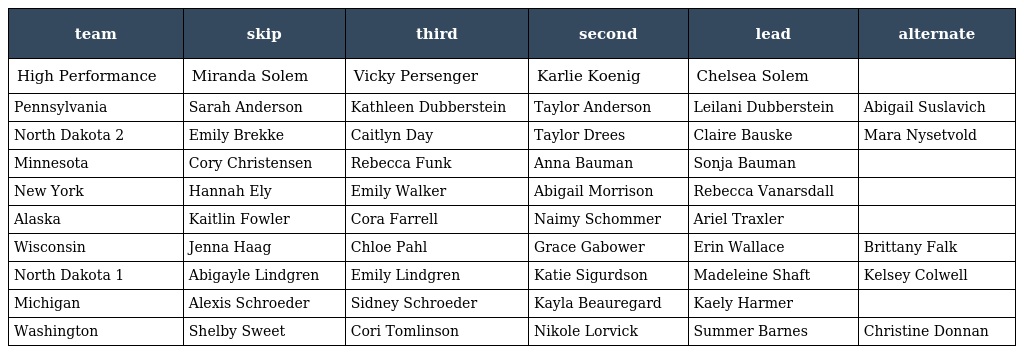
| team | skip | third | second | lead | alternate |
 | --- | --- | --- | --- | --- | --- |
 | High Performance | Miranda Solem | Vicky Persenger | Karlie Koenig | Chelsea Solem |  |
 | Pennsylvania | Sarah Anderson | Kathleen Dubberstein | Taylor Anderson | Leilani Dubberstein | Abigail Suslavich |
 | North Dakota 2 | Emily Brekke | Caitlyn Day | Taylor Drees | Claire Bauske | Mara Nysetvold |
 | Minnesota | Cory Christensen | Rebecca Funk | Anna Bauman | Sonja Bauman |  |
 | New York | Hannah Ely | Emily Walker | Abigail Morrison | Rebecca Vanarsdall |  |
 | Alaska | Kaitlin Fowler | Cora Farrell | Naimy Schommer | Ariel Traxler |  |
 | Wisconsin | Jenna Haag | Chloe Pahl | Grace Gabower | Erin Wallace | Brittany Falk |
 | North Dakota 1 | Abigayle Lindgren | Emily Lindgren | Katie Sigurdson | Madeleine Shaft | Kelsey Colwell |
 | Michigan | Alexis Schroeder | Sidney Schroeder | Kayla Beauregard | Kaely Harmer |  |
 | Washington | Shelby Sweet | Cori Tomlinson | Nikole Lorvick | Summer Barnes | Christine Donnan |